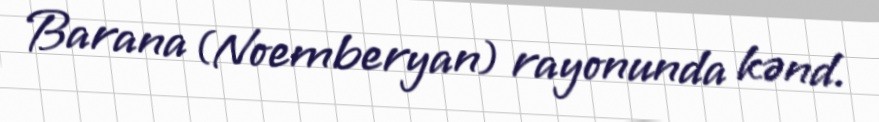
Barana (Noemberyan) rayonunda kənd.